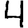
Digit: 4